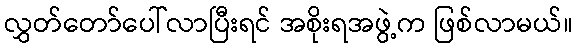
လွှတ်တော်ပေါ်လာပြီးရင် အစိုးရအဖွဲ့က ဖြစ်လာမယ်။